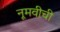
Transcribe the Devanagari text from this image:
नूमवीची